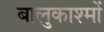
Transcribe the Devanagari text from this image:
बालुकाश्मों